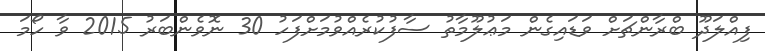
ފިއްލަދޫ ބްރާންޗަށް ވަޑައިގެން މަޢުލޫމާތު ސާފުކުރެއްވުމަށްފަހު 30 ނޮވެންބަރު 2015 ވާ ހޯމަ